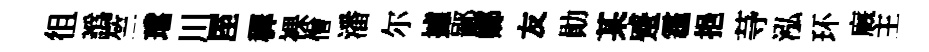
徂譌竺璫川厔穉裸僧潘尔據鄙嫏友勛某蹙霾挹䒭泓环廐主